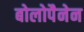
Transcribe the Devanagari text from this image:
बोलोपैनेन